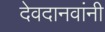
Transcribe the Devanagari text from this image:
देवदानवांनी